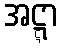
အဋ္ဋာ